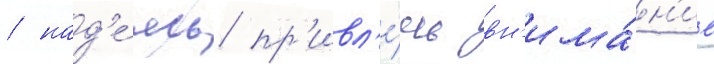
/ над'е́ясь пр'ивл'е́чь вн'има́н'ие